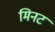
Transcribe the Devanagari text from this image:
मिनट